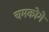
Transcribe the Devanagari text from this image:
चमकोगे